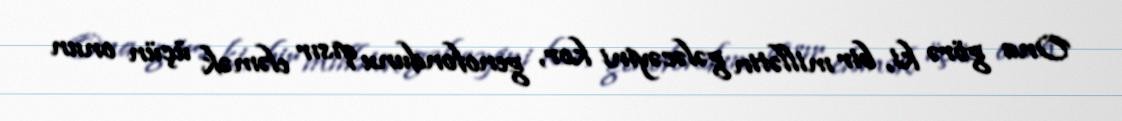
Ona görə ki, bir millətin gələcəyini kor, genofondunu qısır eləmək üçün onun